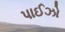
પાઈઝો